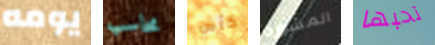
يومه محاسب كأس المشورة تحبها